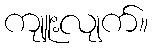
ကျူးလျက်။